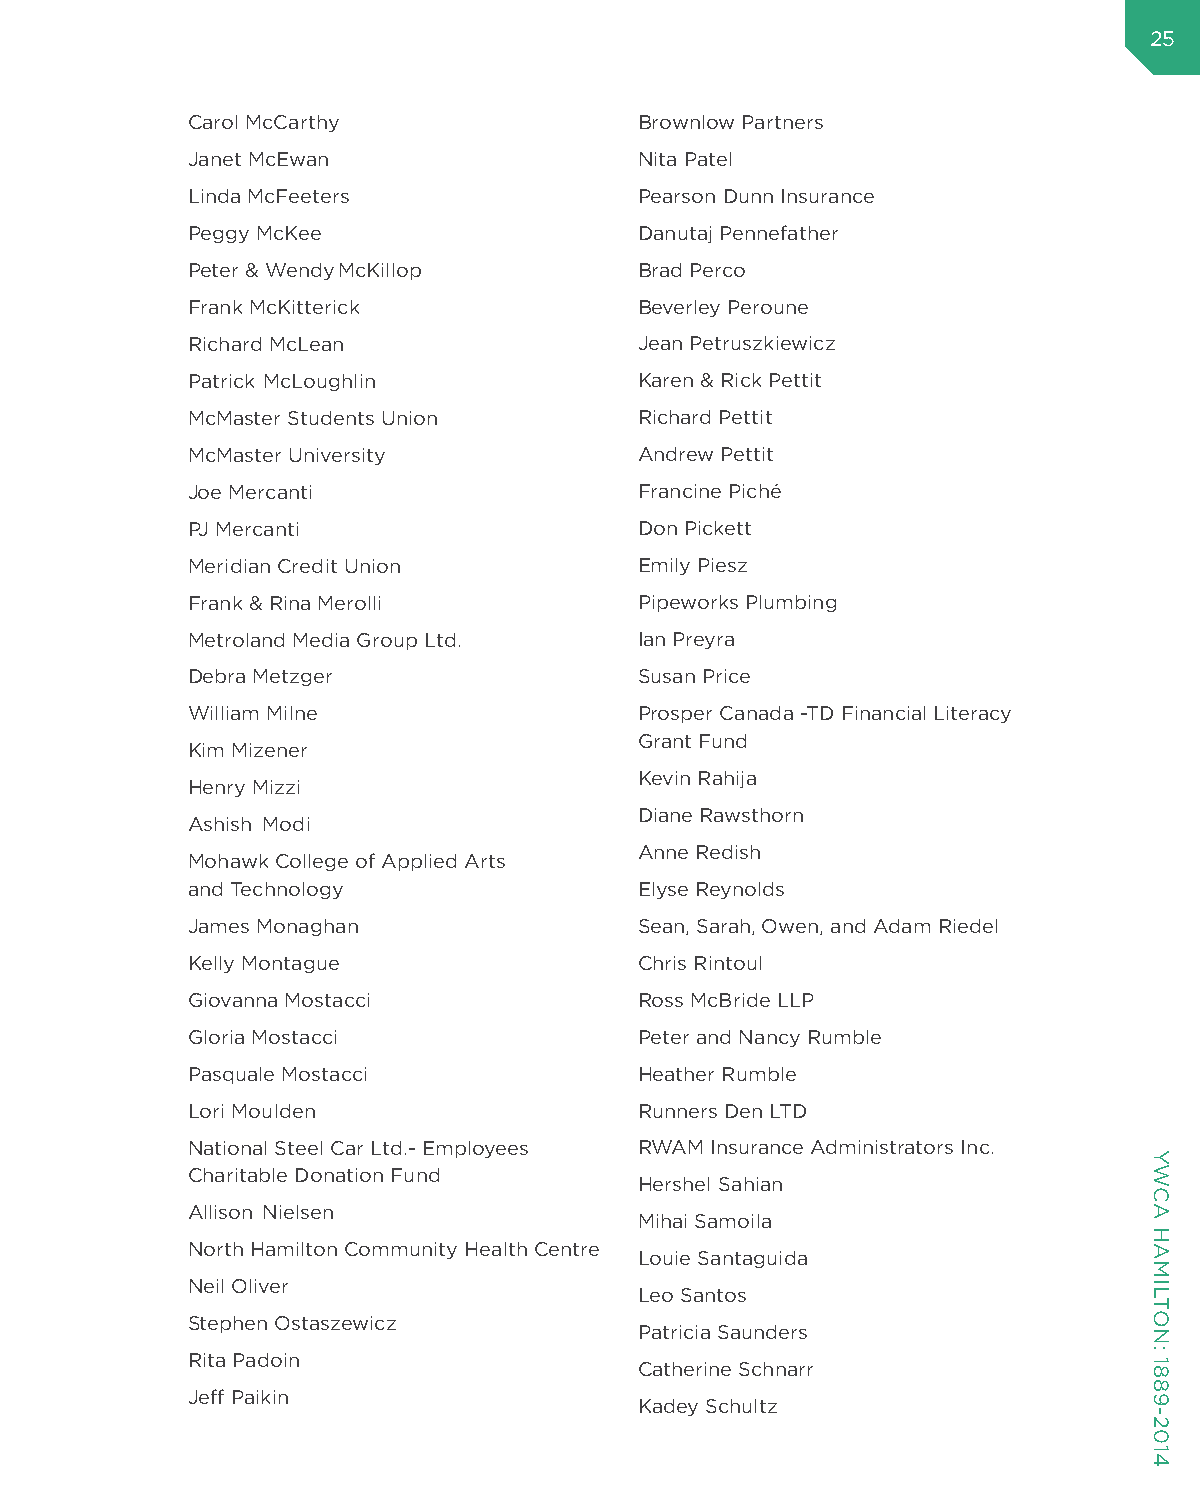
25
 Carol McCarthy                Brownlow Partners
 Janet McEwan                  Nita Patel
 Linda McFeeters               Pearson Dunn Insurance
 Peggy McKee                   Danutaj Pennefather
 Peter & Wendy McKillop        Brad Perco
 Frank McKitterick             Beverley Peroune
 Richard McLean                Jean Petruszkiewicz
 Patrick McLoughlin            Karen & Rick Pettit
 McMaster Students Union       Richard Pettit
 McMaster University           Andrew Pettit
 Joe Mercanti                  Francine Piché
 PJ Mercanti                   Don Pickett
 Meridian Credit Union         Emily Piesz
 Frank & Rina Merolli          Pipeworks Plumbing
 Metroland Media Group Ltd.    Ian Preyra
 Debra Metzger                 Susan Price
 William Milne                 Prosper Canada -TD Financial Literacy
 Grant Fund
 Kim Mizener
 Kevin Rahija
 Henry Mizzi
 Diane Rawsthorn
 Ashish Modi
 Anne Redish
 Mohawk College of Applied Arts
 and Technology                Elyse Reynolds
 James Monaghan                Sean, Sarah, Owen, and Adam Riedel
 Kelly Montague                Chris Rintoul
 Giovanna Mostacci             Ross McBride LLP
 Gloria Mostacci               Peter and Nancy Rumble
 Pasquale Mostacci             Heather Rumble
 Lori Moulden                  Runners Den LTD
 National Steel Car Ltd.- Employees RWAM Insurance Administrators Inc.
 Charitable Donation Fund
 Hershel Sahian
 Allison Nielsen
 Mihai Samoila
 North Hamilton Community Health Centre
 Louie Santaguida
 Neil Oliver
 Leo Santos
 Stephen Ostaszewicz
 Patricia Saunders
 Rita Padoin
 Catherine Schnarr
 Jeff Paikin
 Kadey Schultz
 YWCA
 HAMILTON:
 1889-2014